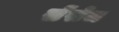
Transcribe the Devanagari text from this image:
सेंसेज